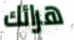
هرائك